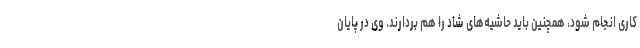
کاری انجام شود، همچنین باید حاشیه‌های شاد را هم بردارند. وی در پایان